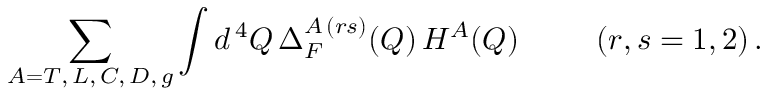
\sum _ { A = T , \, L , \, C , \, D , \, g } \int d ^ { \, 4 } Q \, \Delta _ { F } ^ { A \, ( r s ) } ( Q ) \, { \cal H } ^ { A } ( Q ) \; \; \; \; \; \; \; \; \; ( r , s = 1 , 2 ) \, .